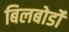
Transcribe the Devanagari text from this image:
बिलबोर्डों